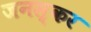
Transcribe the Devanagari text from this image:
जनस्‍कर